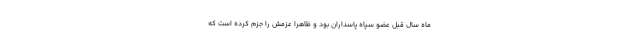
ماه سال قبل عضو سپاه پاسداران بود و ظاهرا عزمش را جزم کرده است که